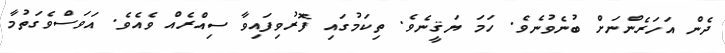
ދެން އަހަރެންނަށް ބުނެވުނެވެ. ހަމަ ޔަޤީނެވެ. ތިކަމުގައި ފޮރުވިފައިވާ ސިއްރެއް ވެއެވެ. އަވަސްވެގަތުމާ